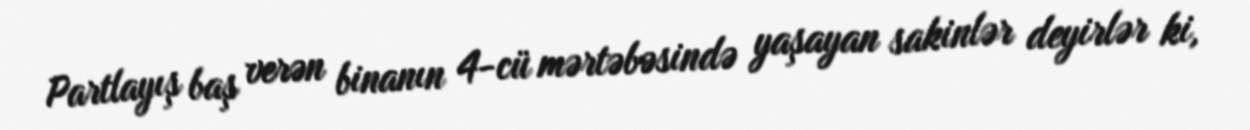
Partlayış baş verən binanın 4-cü mərtəbəsində yaşayan sakinlər deyirlər ki,